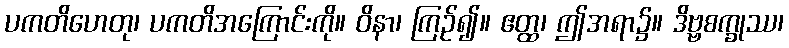
ပကတိဟေတု၊ ပကတိအကြောင်းကို။ ဝိနာ၊ ကြဉ်၍။ ဧတ္ထ၊ ဤအရာ၌။ ဒိဗ္ဗစက္ခုဿ၊